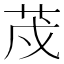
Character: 荗